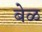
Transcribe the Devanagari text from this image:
बेळ